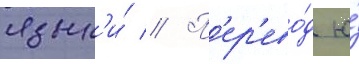
язык'и́ // П'ер'ево́д ю́